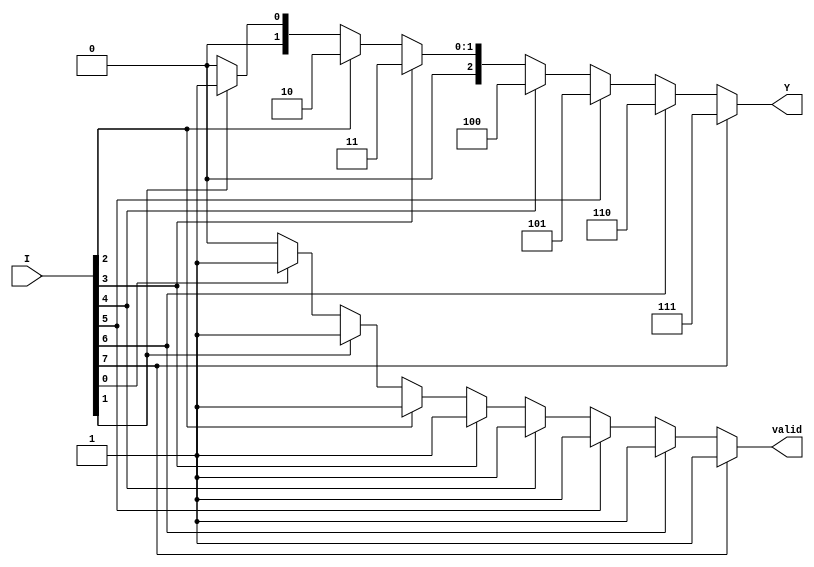
module encoder_8_to_3 (
    input [7:0] I,    // 8 input lines
    output reg [2:0] Y, // 3 output lines
    output reg valid   // Output valid signal
);

always @(*) begin
    // Default values
    Y = 3'b000;
    valid = 1'b0;

    // Priority encoding logic
    if (I[7]) begin
        Y = 3'b111; // I7 is active
        valid = 1'b1;
    end
    else if (I[6]) begin
        Y = 3'b110; // I6 is active
        valid = 1'b1;
    end
    else if (I[5]) begin
        Y = 3'b101; // I5 is active
        valid = 1'b1;
    end
    else if (I[4]) begin
        Y = 3'b100; // I4 is active
        valid = 1'b1;
    end
    else if (I[3]) begin
        Y = 3'b011; // I3 is active
        valid = 1'b1;
    end
    else if (I[2]) begin
        Y = 3'b010; // I2 is active
        valid = 1'b1;
    end
    else if (I[1]) begin
        Y = 3'b001; // I1 is active
        valid = 1'b1;
    end
    else if (I[0]) begin
        Y = 3'b000; // I0 is active
        valid = 1'b1;
    end
end

endmodule